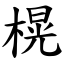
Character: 榥